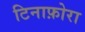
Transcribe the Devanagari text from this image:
टिनाफ़ोरा